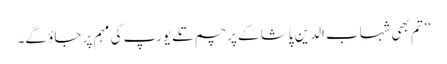
’’ تم بھی شہاب الدین پاشا کے پرچم تلے یورپ کی مہم پر جاؤ گے۔